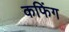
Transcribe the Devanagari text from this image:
कफिंग